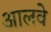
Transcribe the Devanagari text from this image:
आलवे